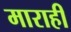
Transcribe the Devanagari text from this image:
माराही